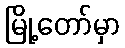
မြို့တော်မှာ